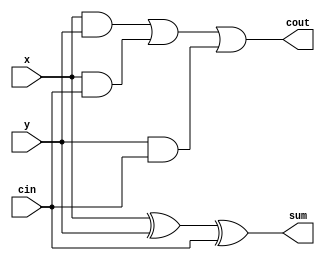
module fullAdder(x, y, cin, cout, sum);
  input  x, y , cin;
  output cout, sum;
  wire w1, w2, w3;

  and(w1, x, y);
  and(w2, x, cin);
  and(w3, y, cin);
  xor(sum, x, y, cin);
  or(cout, w1, w2, w3);
endmodule